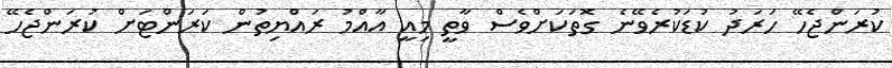
ކުރަންޖެހޭ ހަރަދު ކުޑަކުރެވޭނެ ގޮތަކަށްވެސް ވާތީ މިއީ އާއްމު ރައްޔިތުން ކަރަންޓަށް ކުރަންޖެހޭ